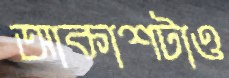
আকাশটাও